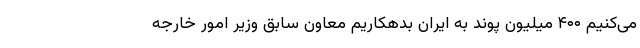
می‌کنیم ۴۰۰ میلیون پوند به ایران بدهکاریم معاون سابق وزیر امور خارجه